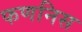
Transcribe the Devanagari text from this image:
फणनिस